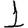
Digit: 1